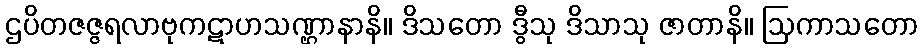
ဌပိတဇဇ္ဇရလာဗုကဋာဟသဏ္ဌာနာနိ။ ဒိသတော ဒွီသု ဒိသာသု ဇာတာနိ။ ဩကာသတော